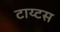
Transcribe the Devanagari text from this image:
टाय्टस